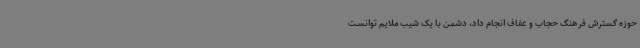
حوزه گسترش فرهنگ حجاب و عفاف انجام داد، ‌دشمن با یک شیب ملایم توانست